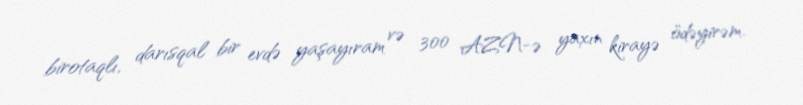
birotaqlı, darısqal bir evdə yaşayıram və 300 AZN-ə yaxın kirayə ödəyirəm.